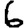
Digit: 6